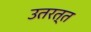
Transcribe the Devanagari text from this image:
उतरत्त